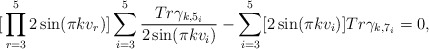
\begin{align*}{\mathbf[ \prod_{r=3}^{5} 2 \sin ( \pi kv_r ) ] \sum_{i=3}^{5}\frac{Tr\gamma_{k,5_i}}{2\sin ( \pi kv_i)} - \sum_{i=3}^{5} [ 2\sin (\pi kv_i) ] Tr\gamma_{k,7_i}=0},\end{align*}